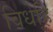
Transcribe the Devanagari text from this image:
विधेहि